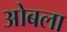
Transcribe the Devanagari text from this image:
ओबला